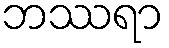
ဘဿရာ